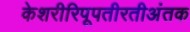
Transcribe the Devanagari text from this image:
केशरीरिपूपतीरतीअंतक